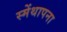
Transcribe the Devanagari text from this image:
स्मेंथापना